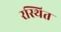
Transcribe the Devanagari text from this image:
रस्थित